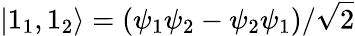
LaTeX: |1_{1},1_{2}\rangle=(\psi_{1}\psi_{2}-\psi_{2}\psi_{1})/{\sqrt{2}}